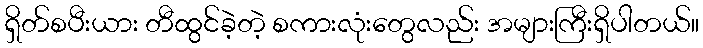
ရှိတ်စပီးယား တီထွင်ခဲ့တဲ့ စကားလုံးတွေလည်း အများကြီးရှိပါတယ်။